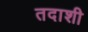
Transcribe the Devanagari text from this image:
तदाशी